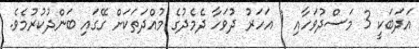
އަދަބަކީ 3 މަސްދުވަހާއި 1 އަހަރު ދުވަހާ ދެމެދުގެ މުއްދަތަކަށް ގޭގައި ބަންދުކުރުމެވެ.